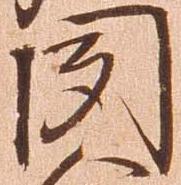
聞